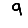
Digit: 9